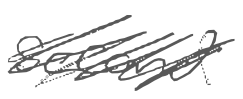
Text: second
Cross-out: scratch
Writing tool: digital_gray